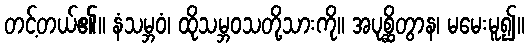
တင့်တယ်၏။ နံသမ္ဘဝံ၊ ထိုသမ္ဘဝသတို့သားကို။ အပုစ္ဆိတွာန၊ မမေးမူ၍။